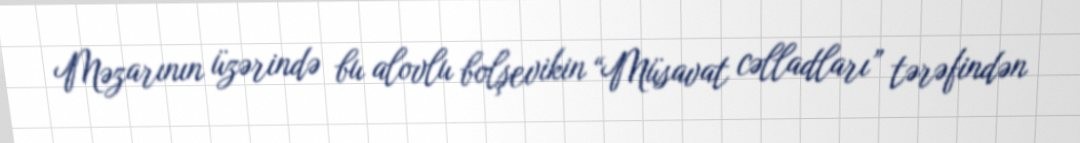
Məzarının üzərində bu alovlu bolşevikin “Müsavat cəlladları” tərəfindən